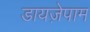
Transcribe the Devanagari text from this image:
डायजे़पाम